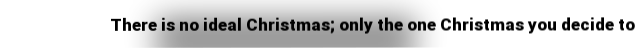
There is no ideal Christmas; only the one Christmas you decide to